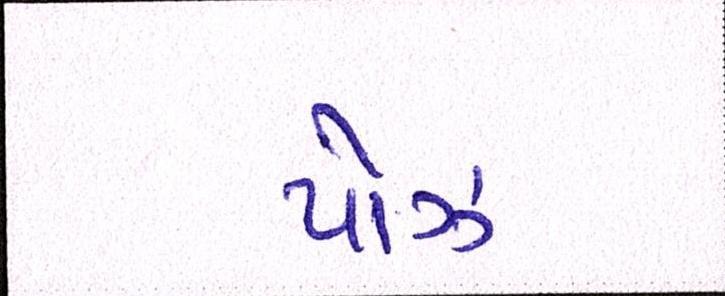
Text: પૉઝ